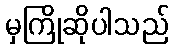
မှကြိုဆိုပါသည်